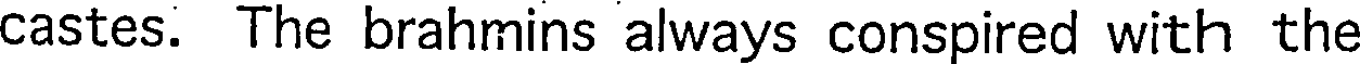
castes. The brahmins always conspired with the